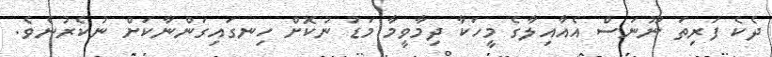
ދެކެ ފަރިތަ ނޫނަސް އެއާއިލާގެ މީހަކާ ދިމާވީމާ މަޑު ނުކޮށް ހިނގައިގަންނާކަށް ނުކެރުނެވެ.